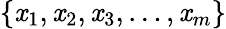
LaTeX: \left\{ \mathit{x}_{1},\mathit{x}_{2},\mathit{x}_{3},\dots,\mathit{x}_{m}\right\}